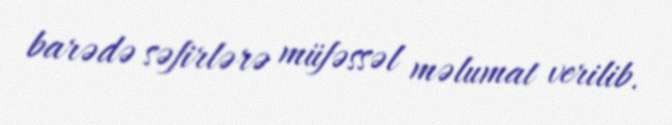
barədə səfirlərə müfəssəl məlumat verilib.